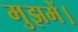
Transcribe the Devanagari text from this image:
मुझमें।